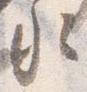
水